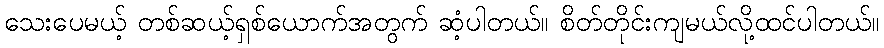
သေးပေမယ့် တစ်ဆယ့်ရှစ်ယောက်အတွက် ဆံ့ပါတယ်။ စိတ်တိုင်းကျမယ်လို့ထင်ပါတယ်။